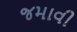
જમાવી